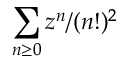
\sum _ { n \geq 0 } z ^ { n } / ( n ! ) ^ { 2 }